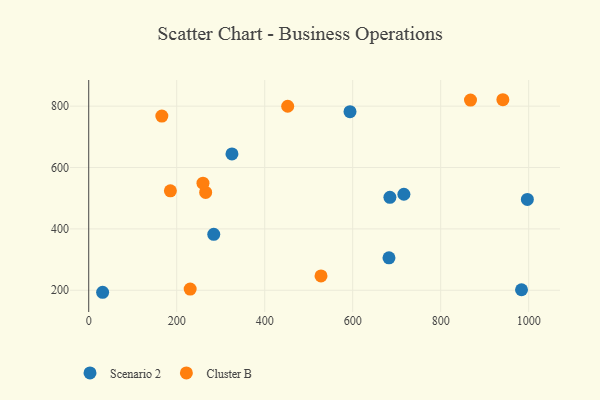
{"axis": {"x": "Investment", "y": "Exam Score"}, "legend": ["Cluster B", "Scenario 2"], "data": [{"x": "31.6", "y": 193.5, "type": "Scenario 2"}, {"x": "593.9", "y": 781.9, "type": "Scenario 2"}, {"x": "716.4", "y": 513.0, "type": "Scenario 2"}, {"x": "997.1", "y": 496.0, "type": "Scenario 2"}, {"x": "284.2", "y": 382.3, "type": "Scenario 2"}, {"x": "684.6", "y": 503.0, "type": "Scenario 2"}, {"x": "983.8", "y": 201.7, "type": "Scenario 2"}, {"x": "682.5", "y": 305.9, "type": "Scenario 2"}, {"x": "325.6", "y": 644.4, "type": "Scenario 2"}, {"x": "185.6", "y": 524.0, "type": "Cluster B"}, {"x": "166.2", "y": 767.8, "type": "Cluster B"}, {"x": "265.8", "y": 518.8, "type": "Cluster B"}, {"x": "867.8", "y": 819.8, "type": "Cluster B"}, {"x": "230.6", "y": 204.0, "type": "Cluster B"}, {"x": "452.3", "y": 799.8, "type": "Cluster B"}, {"x": "528.0", "y": 246.8, "type": "Cluster B"}, {"x": "259.7", "y": 548.9, "type": "Cluster B"}, {"x": "941.4", "y": 821.0, "type": "Cluster B"}]}